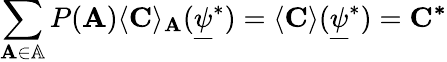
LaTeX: \sum_{\mathbf{A}\in\mathbb{A}}P(\mathbf{A})\langle\mathbf{C}\rangle_{\mathbf{A}}(\underline{{\psi}}^{*})=\langle\mathbf{C}\rangle(\underline{{\psi}}^{*})=\mathbf{C^{*}}